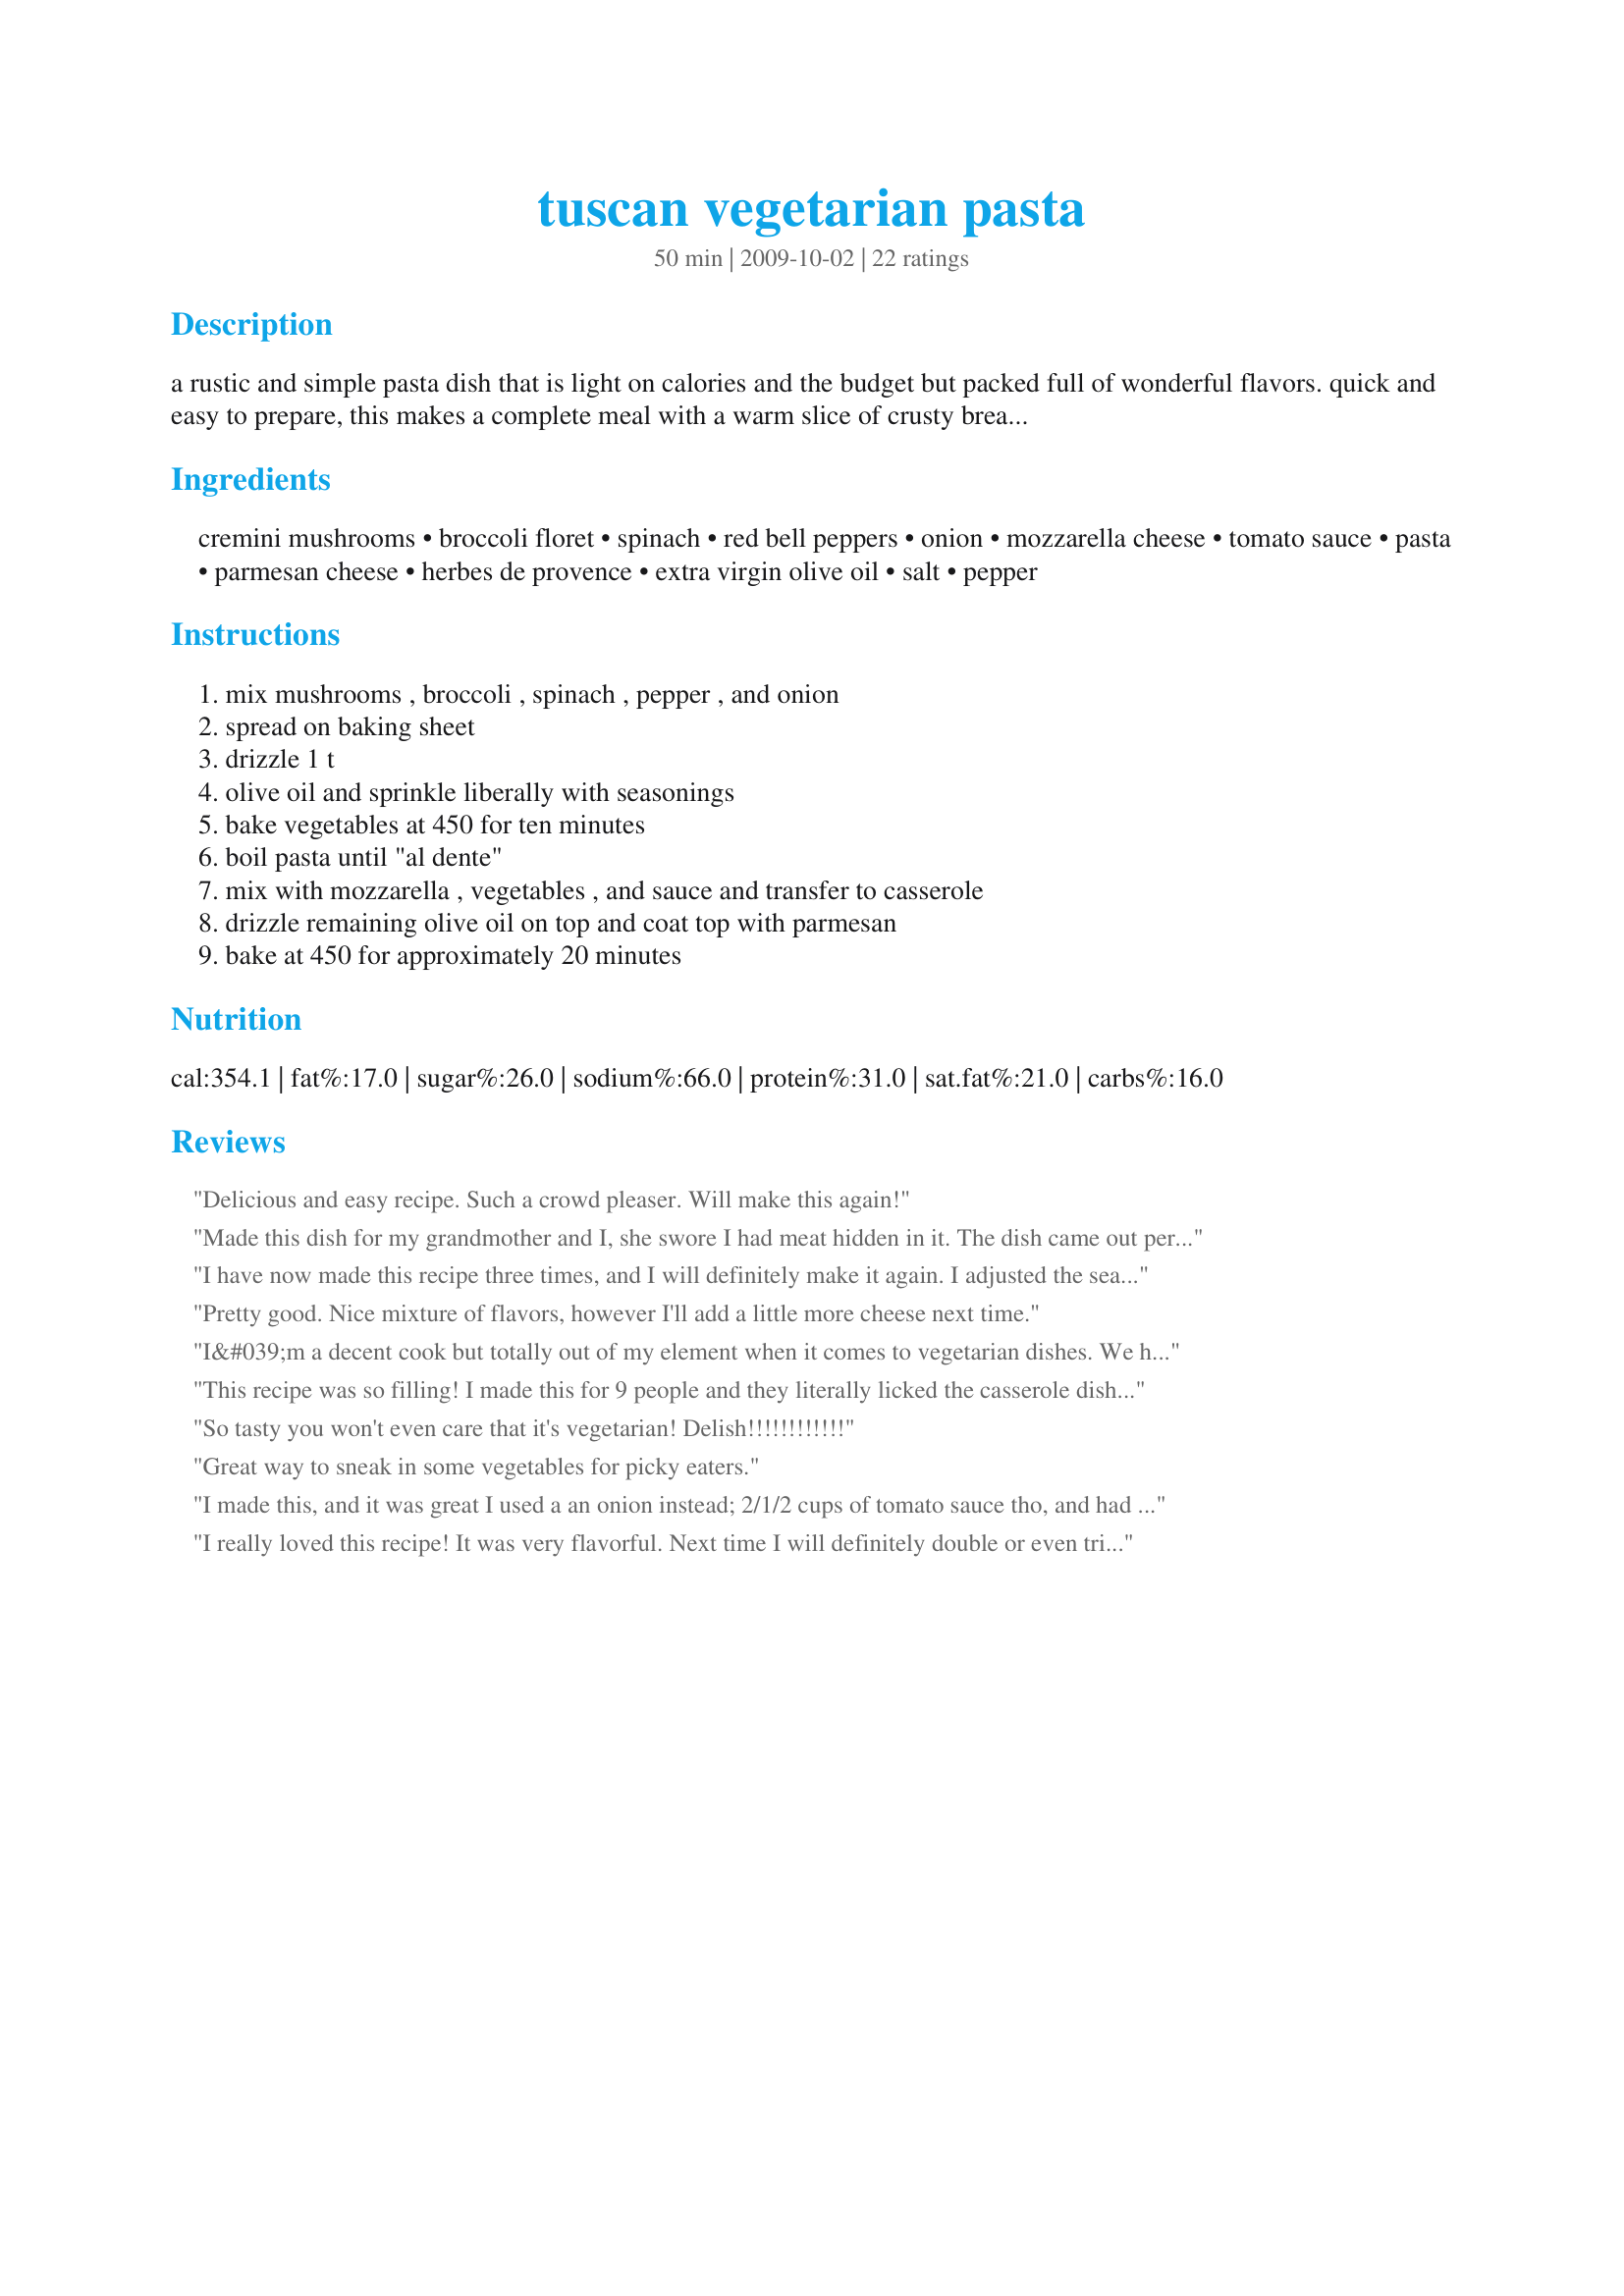
tuscan vegetarian pasta
Preparation time: 50 minutes

a rustic and simple pasta dish that is light on calories and the budget but packed full of wonderful flavors. quick and easy to prepare, this makes a complete meal with a warm slice of crusty bread and a chardonnay.

Ingredients:
cremini mushrooms, broccoli floret, spinach, red bell peppers, onion, mozzarella cheese, tomato sauce, pasta, parmesan cheese, herbes de provence, extra virgin olive oil, salt, pepper

Steps:
mix mushrooms , broccoli , spinach , pepper , and onion, spread on baking sheet, drizzle 1 t, olive oil and sprinkle liberally with seasonings, bake vegetables at 450 for ten minutes, boil pasta until "al dente", mix with mozzarella , vegetables , and sauce and transfer to casserole, drizzle remaining olive oil on top and coat top with parmesan, bake at 450 for approximately 20 minutes

Reviews:
Delicious and easy recipe. Such a crowd pleaser. Will make this again!
Made this dish for my grandmother and I, she swore I had meat hidden in it. The dish came out perfectly. I only added red crushed pepper for a spicy kick and more cheese. Was hesitant at first due to me cooking it in a convection oven. However, it came out just as great. Thanks! I will be making this again.
I have now made this recipe three times, and I will definitely make it again. I adjusted the seasonings to 2 tbs herbes de provence and just a little under 1 tbs salt. Delicious.
Pretty good. Nice mixture of flavors, however I'll add a little more cheese next time.
I&#039;m a decent cook but totally out of my element when it comes to vegetarian dishes. We had a friend of us join us for lunch along with her elderly parents; they are Indian Hindu and vegetarian. I was not about to make a vegetarian Indian Dish when up against a major leaguer such as our friend&#039;s mother so went for the Tuscan option.
Your recepie is superb.
I added some peas for color and some chopped basil but that&#039;s it. The recipe,is easy the results are a spectacular; flavorful, hearty, visually appealing and with some Tuscan bread, garlic, olive oil and a nice Shiraz, a banquet.
I will be making this meal again and, frankly, I see little use in toying with your recommended ingredients.
Molte grazie
This recipe was so filling! I made this for 9 people and they literally licked the casserole dish clean. The broccoli soaked up the flavor pretty good. I added garlic and red chilli flakes to it and it gave it a great tangy taste. I also topped it with bread crumbs before popping it in the oven. It was delicious!
So tasty you won't even care that it's vegetarian! Delish!!!!!!!!!!!!
Great way to sneak in some vegetables for picky eaters.
I made this, and it was great I used a an onion instead; 2/1/2 cups of tomato sauce tho, and had to ass sugar to the mixture. I put Mrs.Dash Garlic and Herb mix over the veggies. And I sprinkled extra cheese on top because I mixed the two. Will need to add other seasoning very bitter -Love a Black Woman
I really loved this recipe! It was very flavorful. Next time I will definitely double or even triple the amount of spinach.
Amazing! I did take others suggestions and added more spinach and tomato sauce but it would have still been amazing if I didn't.
This was excellent! We loved it. I did not use the peppers but I did put in asparagus and zucchini. My kids were a little picky over some of the veggies I had picked but that's the beauty: you can change some of them to fit your family's tastes. This is one I'm keeping and will be making again.
Very enjoyable dish. I will add more spinach next time. Made for TYM Tag Game. :)
I left off the mushrooms as I am allergic. It was very easy and tasted good
Loooved this! This is definitely going to be one of my go-to recipes. It is easy and delicious. I didn't have spinach so I substituted a cup of chopped asparagus and it worked out great.
My boyfriend upon seeing his plate said “There’s not even any meat in it.” And then proceeded to eat 2 helpings. Approved by the carnivore himself. Will definitely be a staple in our house from now on.
I love this recipe I'm only 11 and made it myself and my mom bought spinach and a kale mix but it tasted so good and I also used zucchini
I don&#039;t understand how people can review a recipe when they have made changes to it. It is one thing to review the recipe if you have made it as written and then add changes you made the subsequent times you made it. Those of us who read the reviews want to know what you thought of the recipe as written. This one was fantastic as written. I wouldn&#039;t make a change.
Just to let everyone know Parmesan cheese is NOT vegetarian. This is not a vegetarian dish if you include Parmesan. Please substitute for another cheese.
Made this with a little less ingredients (I was rushing), and although I was worried that I had messed it up, it turned out delicious, it was meant to last two nights but it was so delicious that my GF and I consumed it in one sitting. Thank you, bon appetit.
I have made this like 3-4 times my daughter and bf loves it, as well myself I do it exactly how it is in the receipt but in the end instead of 20 min I do 15 min
I just thought I would try it and see how the kids liked it, now I have to make it weekly. I did swap the broccoli for asparagus as the kids hate broccoli and it goes down a treat.
